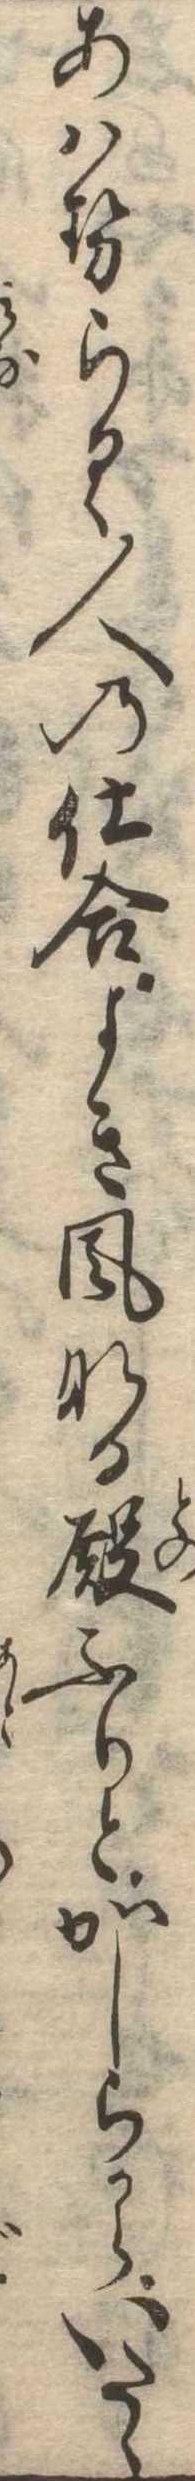
あはせらるゝ人の仕合よき風なる殿ふりとかしらからいたゝ